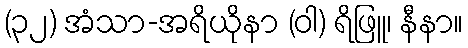
(၃၂) အံသာ-အရိယိုနာ (ဝါ) ရိဖြူ၊ နီနာ။